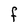
Character: F